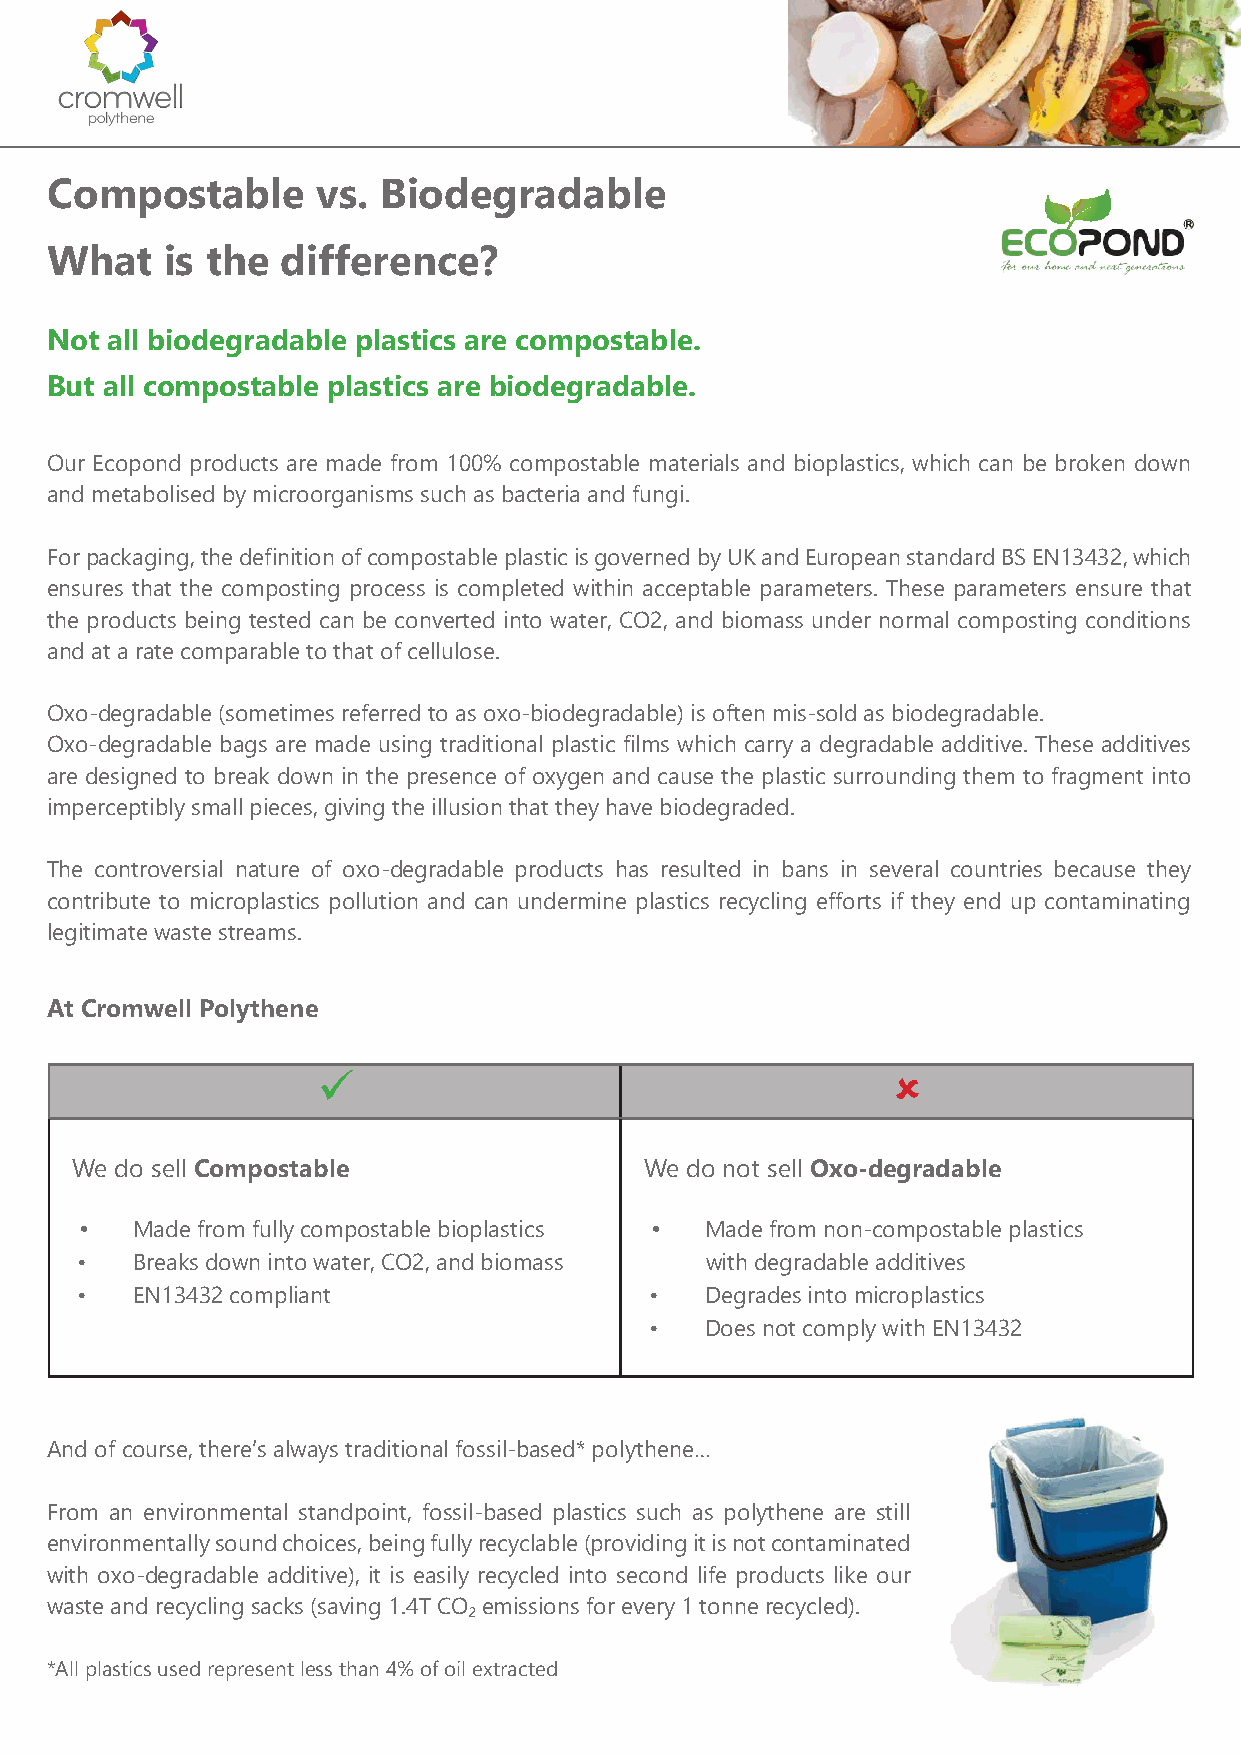
Compostable       vs. Biodegradable
 What    is the  difference?
 Not all biodegradable plastics are compostable.
 But all compostable plastics are biodegradable.
 Our Ecopond products are made from 100% compostable materials and bioplastics, which can be broken down
 and metabolised by microorganisms such as bacteria and fungi.
 For packaging, the definition of compostable plastic is governed by UK and European standard BS EN13432, which
 ensures that the composting process is completed within acceptable parameters. These parameters ensure that
 the products being tested can be converted into water, CO2, and biomass under normal composting conditions
 and at a rate comparable to that of cellulose.
 Oxo-degradable (sometimes referred to as oxo-biodegradable) is often mis-sold as biodegradable.
 Oxo-degradable bags are made using traditional plastic films which carry a degradable additive. These additives
 are designed to break down in the presence of oxygen and cause the plastic surrounding them to fragment into
 imperceptibly small pieces, giving the illusion that they have biodegraded.
 The controversial nature of oxo-degradable products has resulted in bans in several countries because they
 contribute to microplastics pollution and can undermine plastics recycling efforts if they end up contaminating
 legitimate waste streams.
 At Cromwell Polythene
                                      
 We do sell Compostable                We do not sell Oxo-degradable
 •   Made from fully compostable bioplastics • Made from non-compostable plastics
 •   Breaks down into water, CO2, and biomass with degradable additives
 •   EN13432 compliant                 •   Degrades into microplastics
 •   Does not comply with EN13432
 And of course, there’s always traditional fossil-based* polythene…
 From an environmental standpoint, fossil-based plastics such as polythene are still
 environmentally sound choices, being fully recyclable (providing it is not contaminated
 with oxo-degradable additive), it is easily recycled into second life products like our
 waste and recycling sacks (saving 1.4T CO₂ emissions for every 1 tonne recycled).
 *All plastics used represent less than 4% of oil extracted